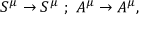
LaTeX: S ^ { \mu } \rightarrow S ^ { \mu } \, \, ; \, \, A ^ { \mu } \rightarrow A ^ { \mu } ,